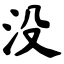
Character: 没